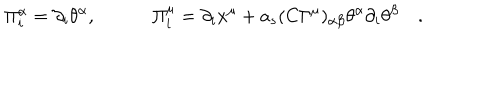
\Pi _ { i } ^ { \alpha } = \partial _ { i } { \theta ^ { \alpha } } , \quad \quad \quad \Pi _ { i } ^ { \mu } = \partial _ { i } { x ^ { \mu } } + a _ { s } ( C \Gamma ^ { \mu } ) _ { \alpha \beta } \theta ^ { \alpha } \partial _ { i } { \theta ^ { \beta } } \quad .